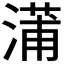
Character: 𬈩